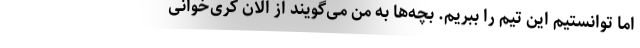
اما توانستیم این تیم را ببریم. بچه‌ها به من می‌گویند از الان کری‌خوانی